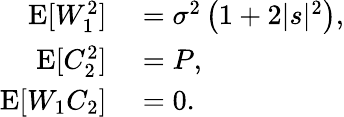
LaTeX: \begin{array}{rl}{\operatorname{E}[W_{1}^{2}]}&{{}=\sigma^{2}\left(1+2|s|^{2}\right),}\\ {\operatorname{E}[C_{2}^{2}]}&{{}=P,}\\ {\operatorname{E}[W_{1}C_{2}]}&{{}=0.}\end{array}